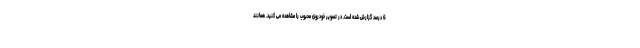
6 درصد گزارش شده است. در تصویر خودروی محبوب را مشاهده می کنید. همانند